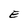
Character: E